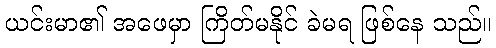
ယင်းမာ၏ အဖေမှာ ကြိတ်မနိုင် ခဲမရ ဖြစ်နေ သည်။